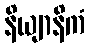
နိယျာနိကံ